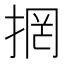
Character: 𭡐